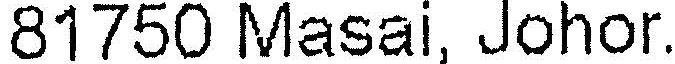
81750 MASAI, JOHOR.